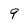
Character: 9